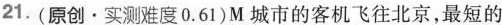
21.（原创·实测难度0.61）M城市的客机飞往北京，最短的